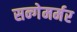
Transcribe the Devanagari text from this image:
सन्गेमर्मर